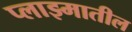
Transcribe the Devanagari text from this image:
प्लाझ्मातील